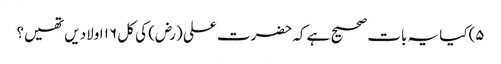
۵)کیا یہ بات صحیح ہے کہ حضرت علی (رض) کی کل ۱۶ اولادیں تھیں؟